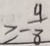
\geq - \frac { 9 } { 8 }